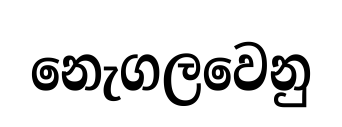
නෙැගලවෙනු